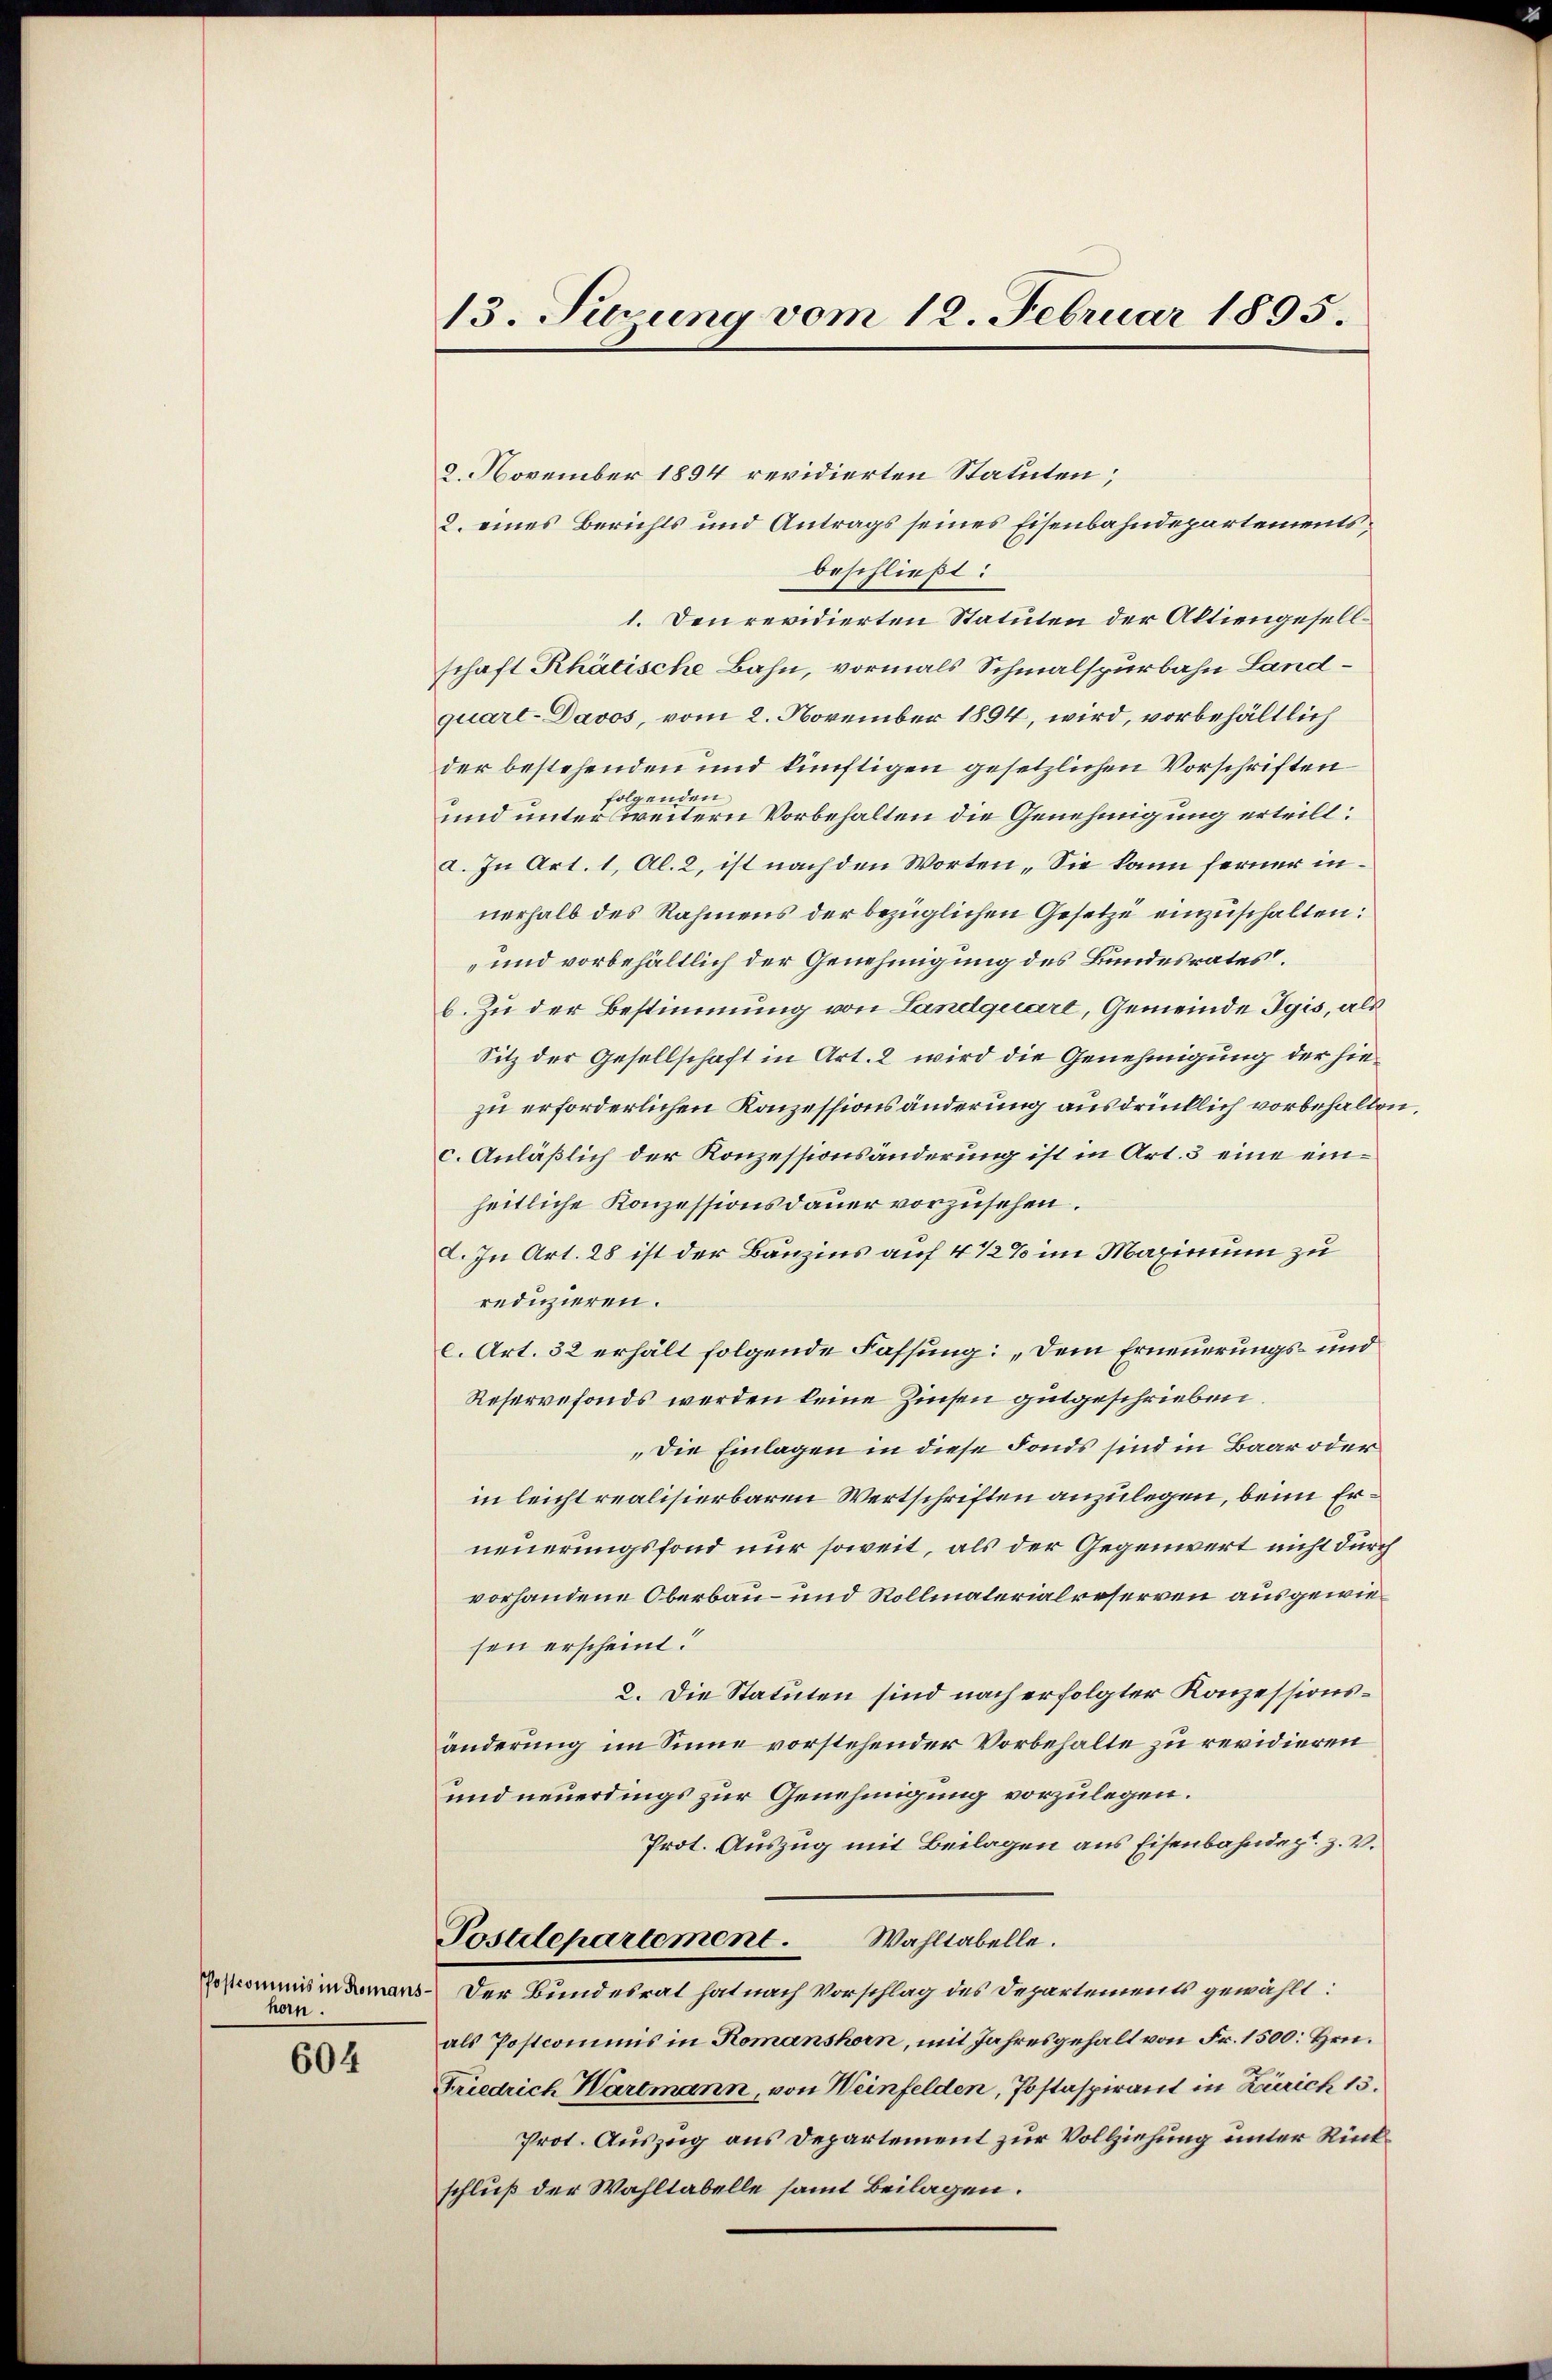
han.

604

2. November 1894 revidierten Statuten;
2. eines Berichts und Antrags seines Eisenbahndepartements,
beschließt:
1. Den revidierten Statuten der Aktiengesellschaft Rhätische Bahn, vormals Schmalspurbahn Landquart-Davos, vom 2. November 1894, wird, vorbehältlich
der bestehenden und künftigen gesetzlichen Vorschriften
folgenden
und unter weitern Vorbehalten die Genehmigung erteilt:
a. In Art. 1, Al. 2, ist nach den Worten. Sie kann ferner in
nerhalb des Rahmens der bezüglichen Gesetze einzuschalten:
und vorbehältlich der Genehmigung des Bundesrates.
b. Zu der Bestimmung von Landquart, Gemeinde Tgis, als
Sitz der Gesellschaft in Art. 2 wird die Genehmigung der hiezu erforderlichen Konzessionsänderung ausdrücklich vorbehalten,
c. Anläßlich der Konzessionsänderung ist in Art. 3 eine einheitliche Konzessionsdauer vorzusehen.
I. In Art. 28 ist der Bauzins auf 4 1/2% im Maximum zu
reduzieren.
C. Art. 32 erhält folgende Fassung: „Dem Erneuerungs- und
Reservefonds werden keine Zinsen gutgeschrieben
„Die Einlagen in diese Fonds sind in Baar oder
in leicht realisierbaren Wertschriften anzulegen, beim Erneuerungsfond nur soweit, als der Gegenwert nicht durch
vorhandene Oberbau- und Rollmaterialreserven ausgewiesen erscheint.
2. Die Statuten sind nach erfolgter Konzessionsänderung im Sinne vorstehender Vorbehalte zu revidieren
und neuerdings zur Genehmigung vorzulegen.
Prot. Auszug mit Beilagen aus Eisenbahndept. Z. V.
Postdepartement. Wahltabelle.
Postcommis in demans. Der Bundesrat hat nach Vorschlag des Departements gewählt:
als Postcommis in Romanshorn, mit Jahresgehalt von Fr. 1500. Hrn.
Friedrich Wartmann, von Weinfelden, Postaspirant in Zürich 13.
Prot. Auszug aus Departement zur Vollziehung unter Rückschluß der Wahltabelle samt Beilagen.

13. Suzung vom 18. Februar 1895.